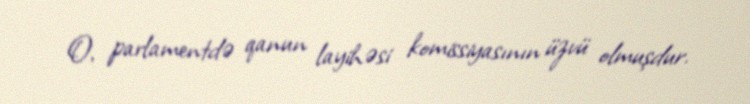
O, parlamentdə qanun layihəsi komissiyasının üzvü olmuşdur.